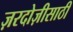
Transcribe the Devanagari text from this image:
ज़रदोज़ीसाठी